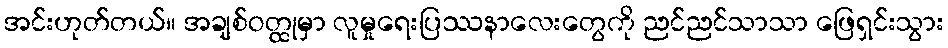
အင်းဟုတ်တယ်။ အချစ်ဝတ္ထုမှာ လူမှုရေးပြဿနာလေးတွေကို ညင်ညင်သာသာ ဖြေရှင်းသွား